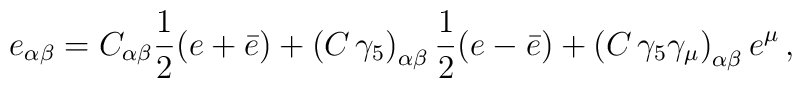
e_{\alpha\beta} = C_{\alpha\beta} {1 \over 2} (e+ \bar{e}) +\left( C\, \gamma_{5} \right)_{\alpha\beta}  {1 \over 2} (e- \bar{e})+ \left( C \, \gamma_{5} \gamma_{\mu} \right)_{\alpha\beta}e^{\mu}\, ,